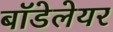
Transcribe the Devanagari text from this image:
बॉडेलेयर